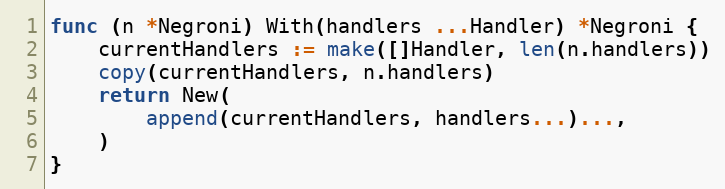
Language: Go
func (n *Negroni) With(handlers ...Handler) *Negroni {
	currentHandlers := make([]Handler, len(n.handlers))
	copy(currentHandlers, n.handlers)
	return New(
		append(currentHandlers, handlers...)...,
	)
}